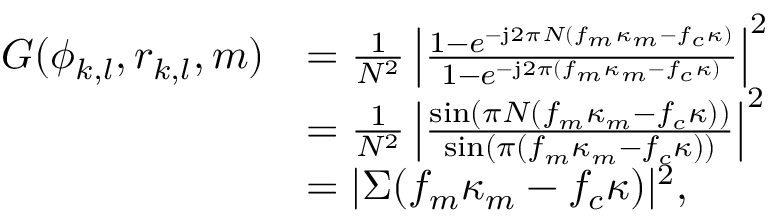
\begin{array} { r l } { G ( \phi _ { k , l } , r _ { k , l } , { m } ) } & { = \frac { 1 } { N ^ { 2 } } \left| \frac { 1 - e ^ { - \mathrm { j } 2 \pi N ( f _ { m } \kappa _ { m } - f _ { c } \kappa ) } } { 1 - e ^ { - \mathrm { j } 2 \pi ( f _ { m } \kappa _ { m } - f _ { c } \kappa ) } } \right| ^ { 2 } } \\ & { = \frac { 1 } { N ^ { 2 } } \left| \frac { \sin ( \pi N ( f _ { m } \kappa _ { m } - f _ { c } \kappa ) ) } { \sin ( \pi ( f _ { m } \kappa _ { m } - f _ { c } \kappa ) ) } \right| ^ { 2 } } \\ & { = | \Sigma ( f _ { m } \kappa _ { m } - f _ { c } \kappa ) | ^ { 2 } , } \end{array}